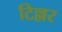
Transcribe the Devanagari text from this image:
टिल्लर